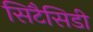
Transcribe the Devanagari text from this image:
सिटैसिडी